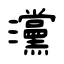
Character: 灙